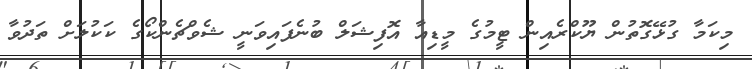
މިކަމާ ގުޅޭގޮތުން ޔޫކްރެއިން ޓީމުގެ މީޑިއާ އޮފިޝަލް ބުނެފައިވަނީ ޝެވްޗެންކޯގެ ކަކުލަށް ތަދުވާ